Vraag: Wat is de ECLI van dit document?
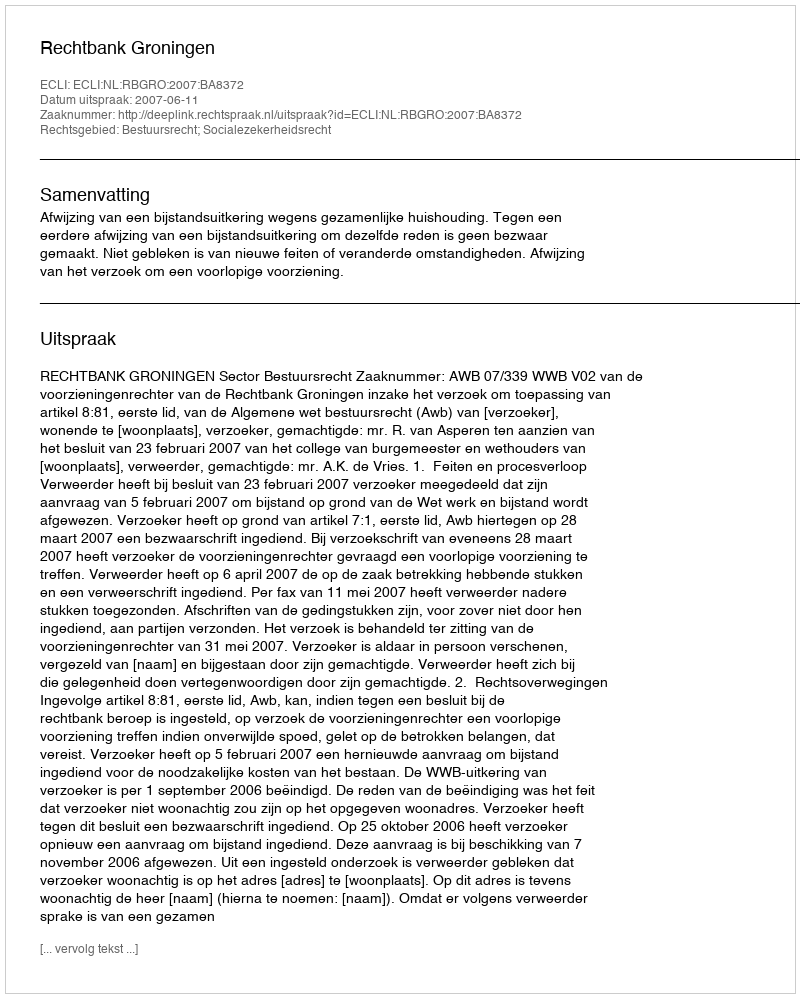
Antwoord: ECLI:NL:RBGRO:2007:BA8372